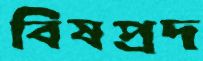
বিষপ্রদ